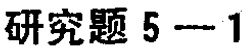
研究题 5 - 1